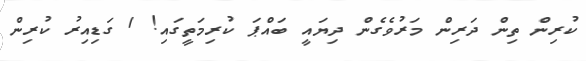
ކުރިން ތިން ދަރިން މަރުވެގެން ދިޔައީ ބައްޕަ ކުރިމަތީގައި! 1 ގަޑިއިރު ކުރިން